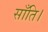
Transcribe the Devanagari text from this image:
साँति।